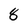
Character: 8